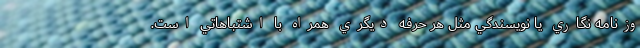
وزنامه نگاري يا نويسندگي مثل هر حرفه ديگري همراه با اشتباهاتي است.